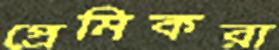
প্রেমিকরা